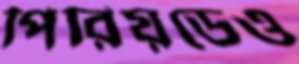
পিরিয়ডেও